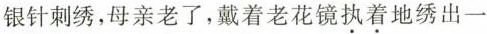
银针刺绣，母亲老了，戴着老花镜\underset{·}{执}\underset{·}{着}地绣出一